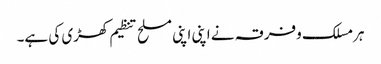
ہرمسلک وفرقہ نے اپنی اپنی مسلح تنظیم کھڑی کی ہے۔